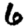
Digit: 6